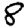
Digit: 8